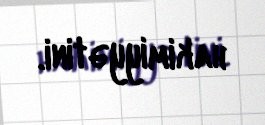
hakimiyyətini.